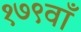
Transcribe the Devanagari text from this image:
१७९वाँ